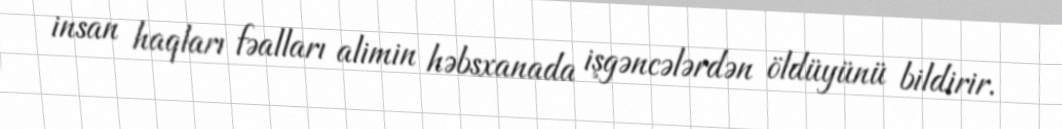
insan haqları fəalları alimin həbsxanada işgəncələrdən öldüyünü bildirir.